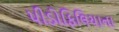
પીડોફિલિયાના